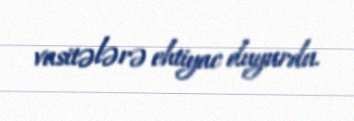
vasitələrə ehtiyac duyurdu.